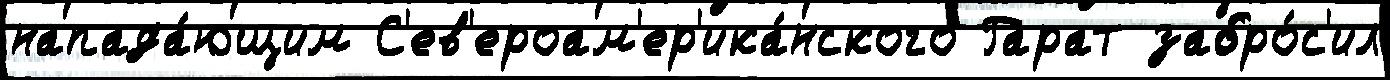
напада́ющим С'ев'ероам'ер'ика́нского Гарат забро́с'ил